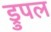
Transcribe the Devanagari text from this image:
ड्रुपल